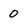
Character: 0